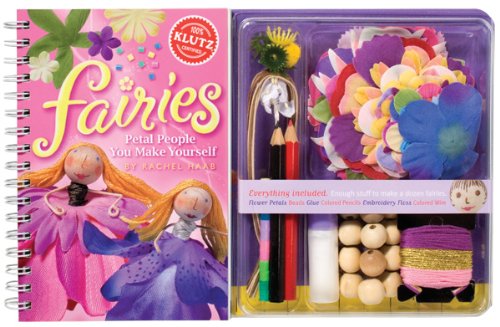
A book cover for Klutz Fairies: Petal People You Make Yourself Craft Kit; Children's Books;